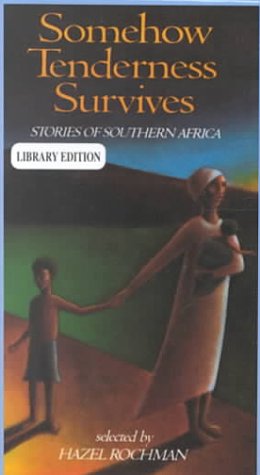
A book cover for Somehow Tenderness Survives: Stories of Southern Africa; Hazel Rochman; Teen & Young Adult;